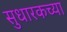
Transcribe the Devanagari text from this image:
सुधारकच्या